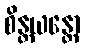
စိန္တယန္တော